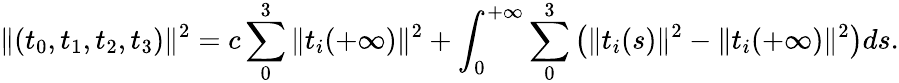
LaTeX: \| (t_{0},t_{1},t_{2},t_{3})\| ^{2}=c\sum_{0}^{3}\| t_{i}(+\infty)\| ^{2}+\int_{0}^{+\infty}\sum_{0}^{3}\left(\| t_{i}(s)\| ^{2}-\| t_{i}(+\infty)\| ^{2}\right)ds.